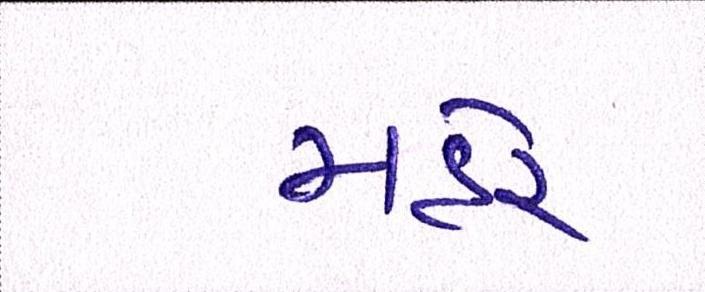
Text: મહેર